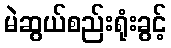
မဲဆွယ်စည်းရုံးခွင့်